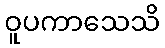
ဝူပကာသေသိ